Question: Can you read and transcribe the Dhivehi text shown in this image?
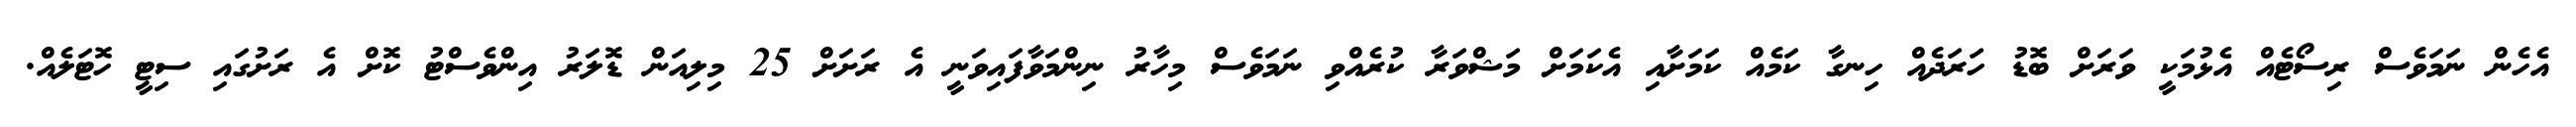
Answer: އެހެން ނަމަވެސް ރިސޯޓެއް އެޅުމަކީ ވަރަށް ބޮޑު ހަރަދެއް ހިނގާ ކަމެއް ކަމަށާއި އެކަމަށް މަޝްވަރާ ކުރެއްވި ނަމަވެސް މިހާރު ނިންމަވާފައިވަނީ އެ ރަށަށް 25 މިލިއަން ޑޮލަރު އިންވެސްޓު ކޮށް އެ ރަށުގައި ސިޓީ ހޮޓަލެއް.